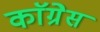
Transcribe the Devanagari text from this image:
काॅग्रेेस